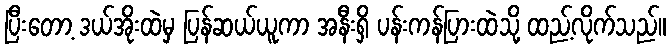
ပြီးတော့ ဒယ်အိုးထဲမှ ပြန်ဆယ်ယူကာ အနီးရှိ ပန်းကန်ပြားထဲသို့ ထည့်လိုက်သည်။